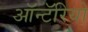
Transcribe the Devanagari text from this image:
ऑन्टॅरियो